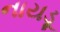
નાયડૂ